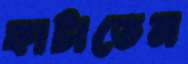
ফাটাতেন